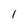
Character: 1